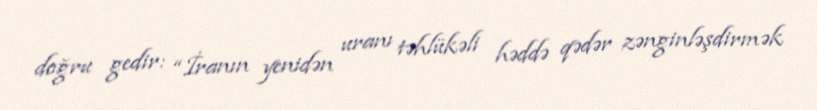
doğru gedir: “İranın yenidən uranı təhlükəli həddə qədər zənginləşdirmək